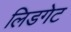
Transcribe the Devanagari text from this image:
लिडगेट